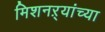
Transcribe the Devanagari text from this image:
मिशनऱ्यांच्या